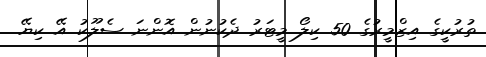
ތުރުކީގެ އިޒްމީރުގެ 50 ކިލޯ މީޓަރު ދެކުނުން އޮންނަ ސެލޫކު އޭ ކިޔޭ